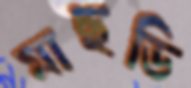
মাছডি